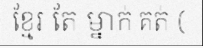
ខ្មែរ តែ ម្នាក់ គត់ (